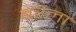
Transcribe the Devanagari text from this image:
बरेला